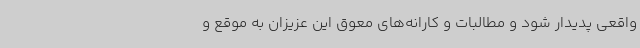
واقعی پدیدار شود و مطالبات و کارانه‌های معوق این عزیزان به موقع و